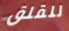
للقلق